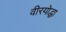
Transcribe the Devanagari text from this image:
वीरयोद्धा